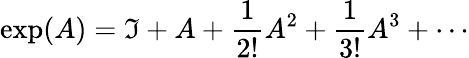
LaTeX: \exp(A)=\mathfrak{I}+A+{\frac{{1}}{{2!}}}A^{2}+{\frac{{1}}{{3!}}}A^{3}+\cdots